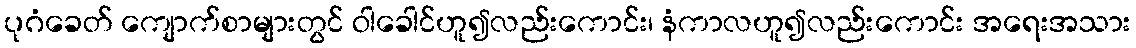
ပုဂံခေတ် ကျောက်စာများတွင် ဝါခေါင်ဟူ၍လည်းကောင်း၊ နံကာလဟူ၍လည်းကောင်း အရေးအသား